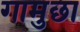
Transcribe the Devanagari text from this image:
गामुछा